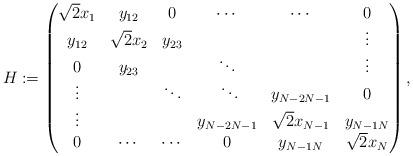
LaTeX: \begin{align*}H:=\begin{pmatrix}\sqrt{2}x_1 & y_{12} & 0 & \cdots & \cdots & 0\\y_{12} & \sqrt{2}x_2 & y_{23} & & & \vdots \\0 & y_{23} & & \ddots & & \vdots\\\vdots & & \ddots& \ \ddots& y_{N-2N-1}& 0\\\vdots & & & y_{N-2N-1} & \sqrt{2}x_{N-1} & y_{N-1N}\\ 0 & \cdots &\cdots & 0 & y_{N-1N} & \sqrt{2}x_N\end{pmatrix},\end{align*}